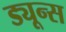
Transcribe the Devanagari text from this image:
ड्यून्स